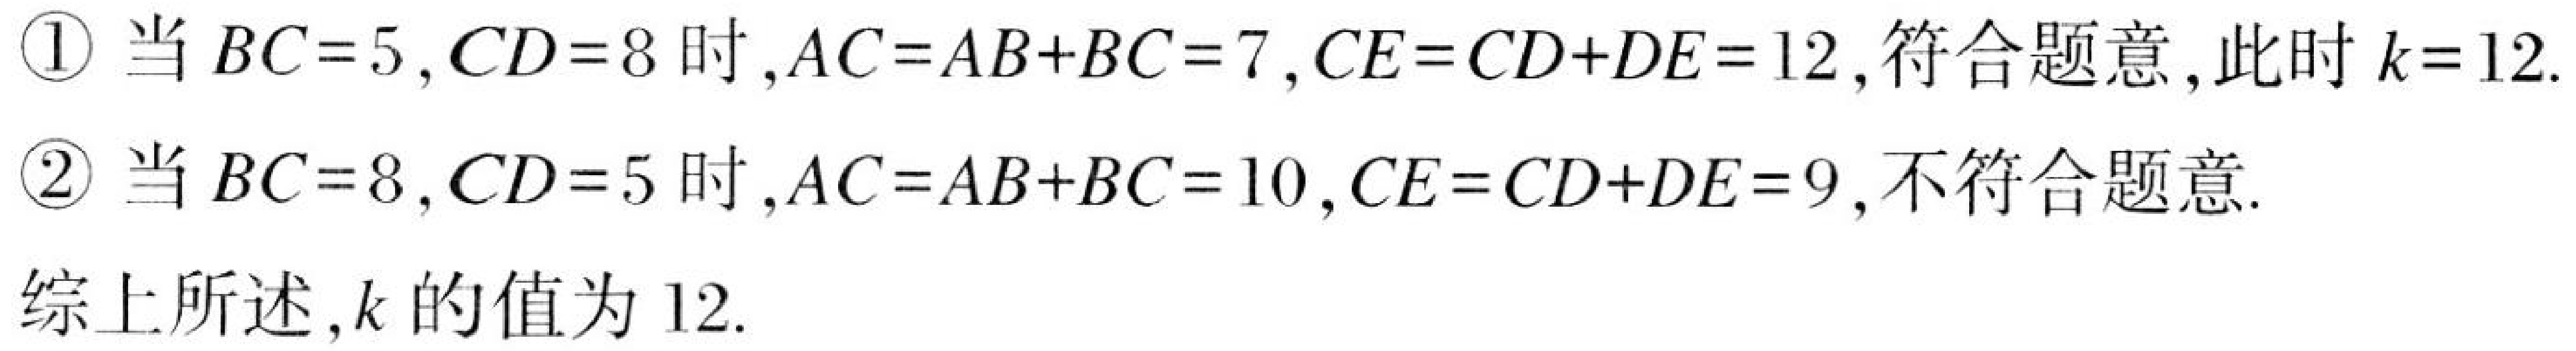
\textcircled{1} 当$BC = 5,CD = 8$时,$AC=AB + BC = 7,CE=CD + DE = 12$,符合题意,此时$k = 12$.
\textcircled{2} 当$BC = 8,CD = 5$时,$AC=AB + BC = 10,CE=CD + DE = 9$,不符合题意.

综上所述,$k$的值为$12$.